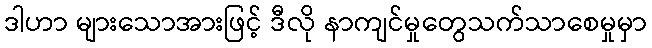
ဒါဟာ များသောအားဖြင့် ဒီလို နာကျင်မှုတွေသက်သာစေမှုမှာ